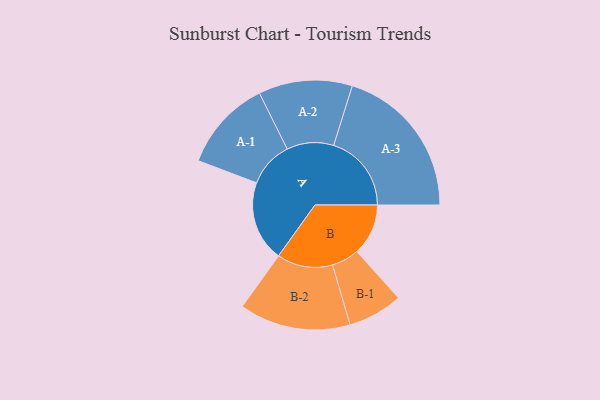
{"axis": {"x": "Segment", "y": "Value"}, "legend": ["", "A", "B"], "data": [{"x": "A", "y": 302, "type": ""}, {"x": "B", "y": 193, "type": ""}, {"x": "A-1", "y": 172, "type": "A"}, {"x": "A-2", "y": 176, "type": "A"}, {"x": "A-3", "y": 292, "type": "A"}, {"x": "B-1", "y": 103, "type": "B"}, {"x": "B-2", "y": 209, "type": "B"}]}